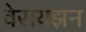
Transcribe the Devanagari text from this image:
वेरायझन